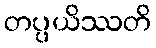
တပ္ပယိဿတိ